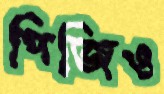
পিজিও